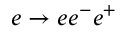
e \to e e ^ { - } e ^ { + }